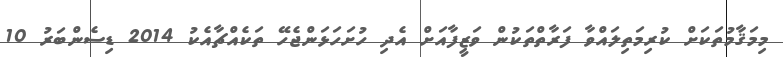
މިމަޤާމުތަކަށް ކުރިމަތިލައްވާ ފަރާތްތަކުން ވަޒީފާއަށް އެދި ހުށަހަޅަންޖެހޭ ތަކެއްޗާއެކު 2014 ޑިސެންބަރު 10